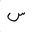
Letter: _sin